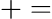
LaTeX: +=